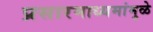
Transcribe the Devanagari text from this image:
प्रसारमाध्यमांमुळे